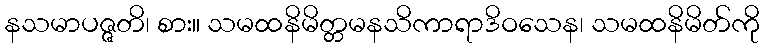
နသမာပဇ္ဇတိ၊ စား။ သမထနိမိတ္တမနသိကာရာဒိဝသေန၊ သမထနိမိတ်ကို